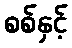
စစ်နှင့်